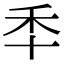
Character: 𮂯